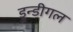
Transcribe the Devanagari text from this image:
डुन्डीगल